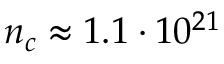
n _ { c } \approx 1 . 1 \cdot 1 0 ^ { 2 1 }